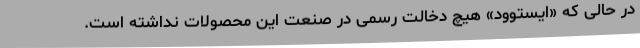
در حالی که «ایستوود» هیچ دخالت رسمی در صنعت این محصولات نداشته است.